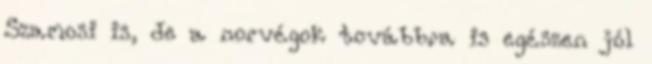
Szamosi is, de a norvégok továbbra is egészen jól